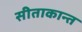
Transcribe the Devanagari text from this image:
सीताकान्त